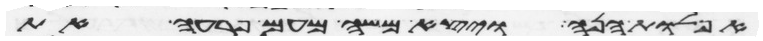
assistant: אפלות הנה ויצא משה מעם פרעה את